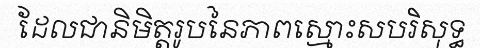
ដែលជានិមិត្តរូបនៃភាពស្មោះសបរិសុទ្ធ